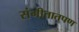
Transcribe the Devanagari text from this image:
संगीतातपण